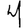
Digit: 4